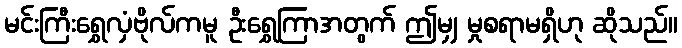
မင်းကြီးရွှေလှံဗိုလ်ကမူ ဦးရွှေကြာအတွက် ဤမျှ မှုစရာမရှိဟု ဆိုသည်။